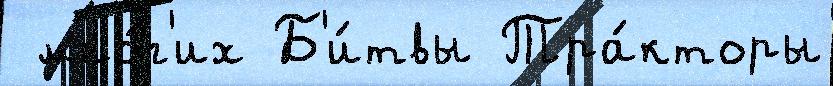
 мно́г'их Б'и́твы Тра́кторы